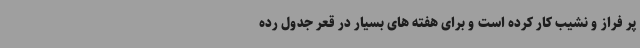
پر فراز و نشیب کار کرده است و برای هفته های بسیار در قعر جدول رده